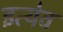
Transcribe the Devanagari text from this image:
इत्येव